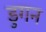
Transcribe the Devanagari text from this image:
डुगन